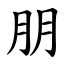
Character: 朋